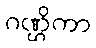
ဂဏ္ဌိကာ